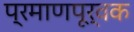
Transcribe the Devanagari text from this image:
प्रमाणपूर्वक